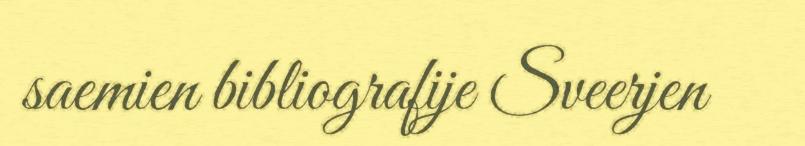
saemien bibliografije Sveerjen